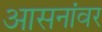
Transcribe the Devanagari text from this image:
आसनांवर